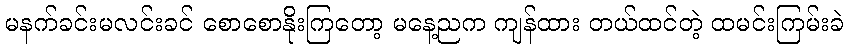
မနက်ခင်းမလင်းခင် စောစောနိုးကြတော့ မနေ့ညက ကျန်ထား တယ်ထင်တဲ့ ထမင်းကြမ်းခဲ